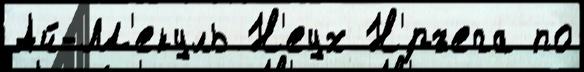
Ай-М'екуль Н'еух Н'́ръега по